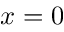
x = 0